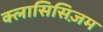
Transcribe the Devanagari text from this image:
क्लासिसिज़म